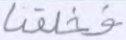
فخلقنا